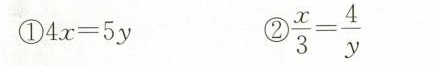
①$$4 x = 5 y$$ ②$$\frac { x } { 3 } = \frac { 4 } { y }$$